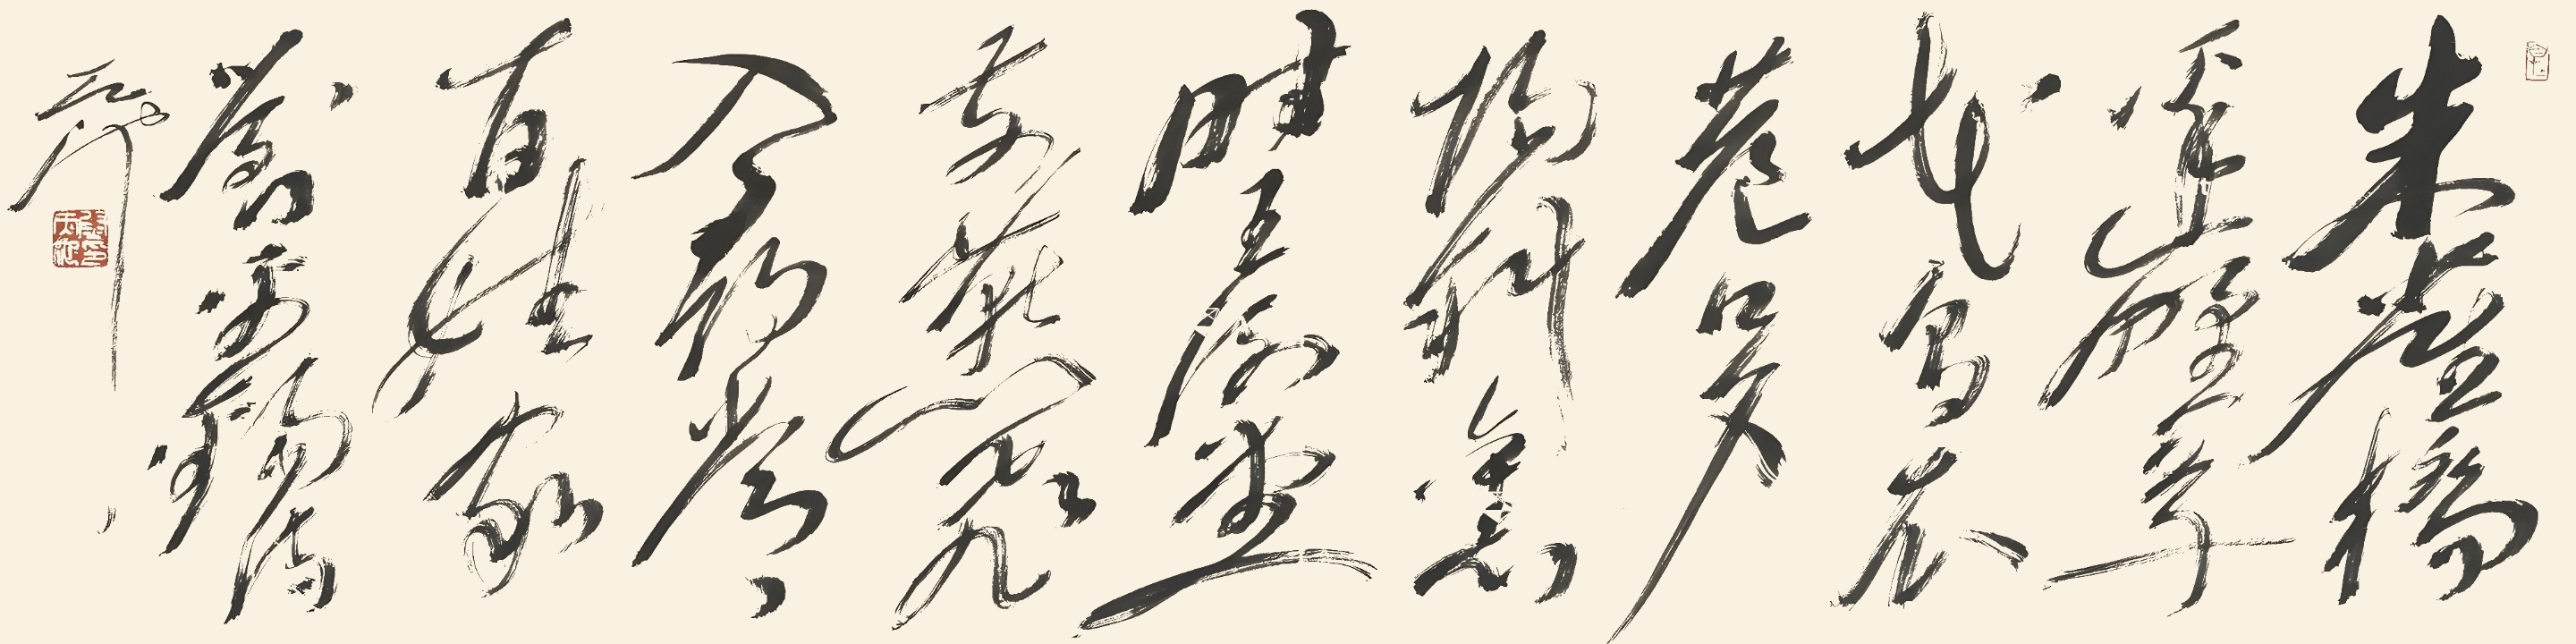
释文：朱雀桥边野草花，乌衣巷口夕阳斜。旧时王谢堂前燕，飞入寻常百姓家。刘禹锡诗，天池。